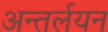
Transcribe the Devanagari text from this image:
अन्तर्लयन